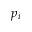
p _ { i }